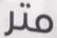
متر